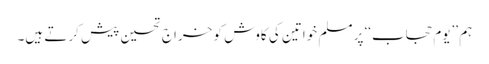
ہم ’’یوم حجاب‘‘ پر مسلم خواتین کی کاوش کو خراجِ تحسین پیش کرتے ہیں۔